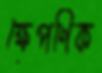
ক্ষেপণিক